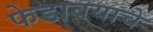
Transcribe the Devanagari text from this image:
फेडावयाचे